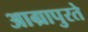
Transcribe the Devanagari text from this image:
आग्रापुरते